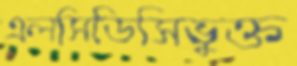
এলসিডিসিভুক্ত